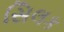
સિલક